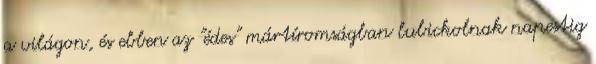
a világon, és ebben az "édes" mártíromságban lubickolnak napestig